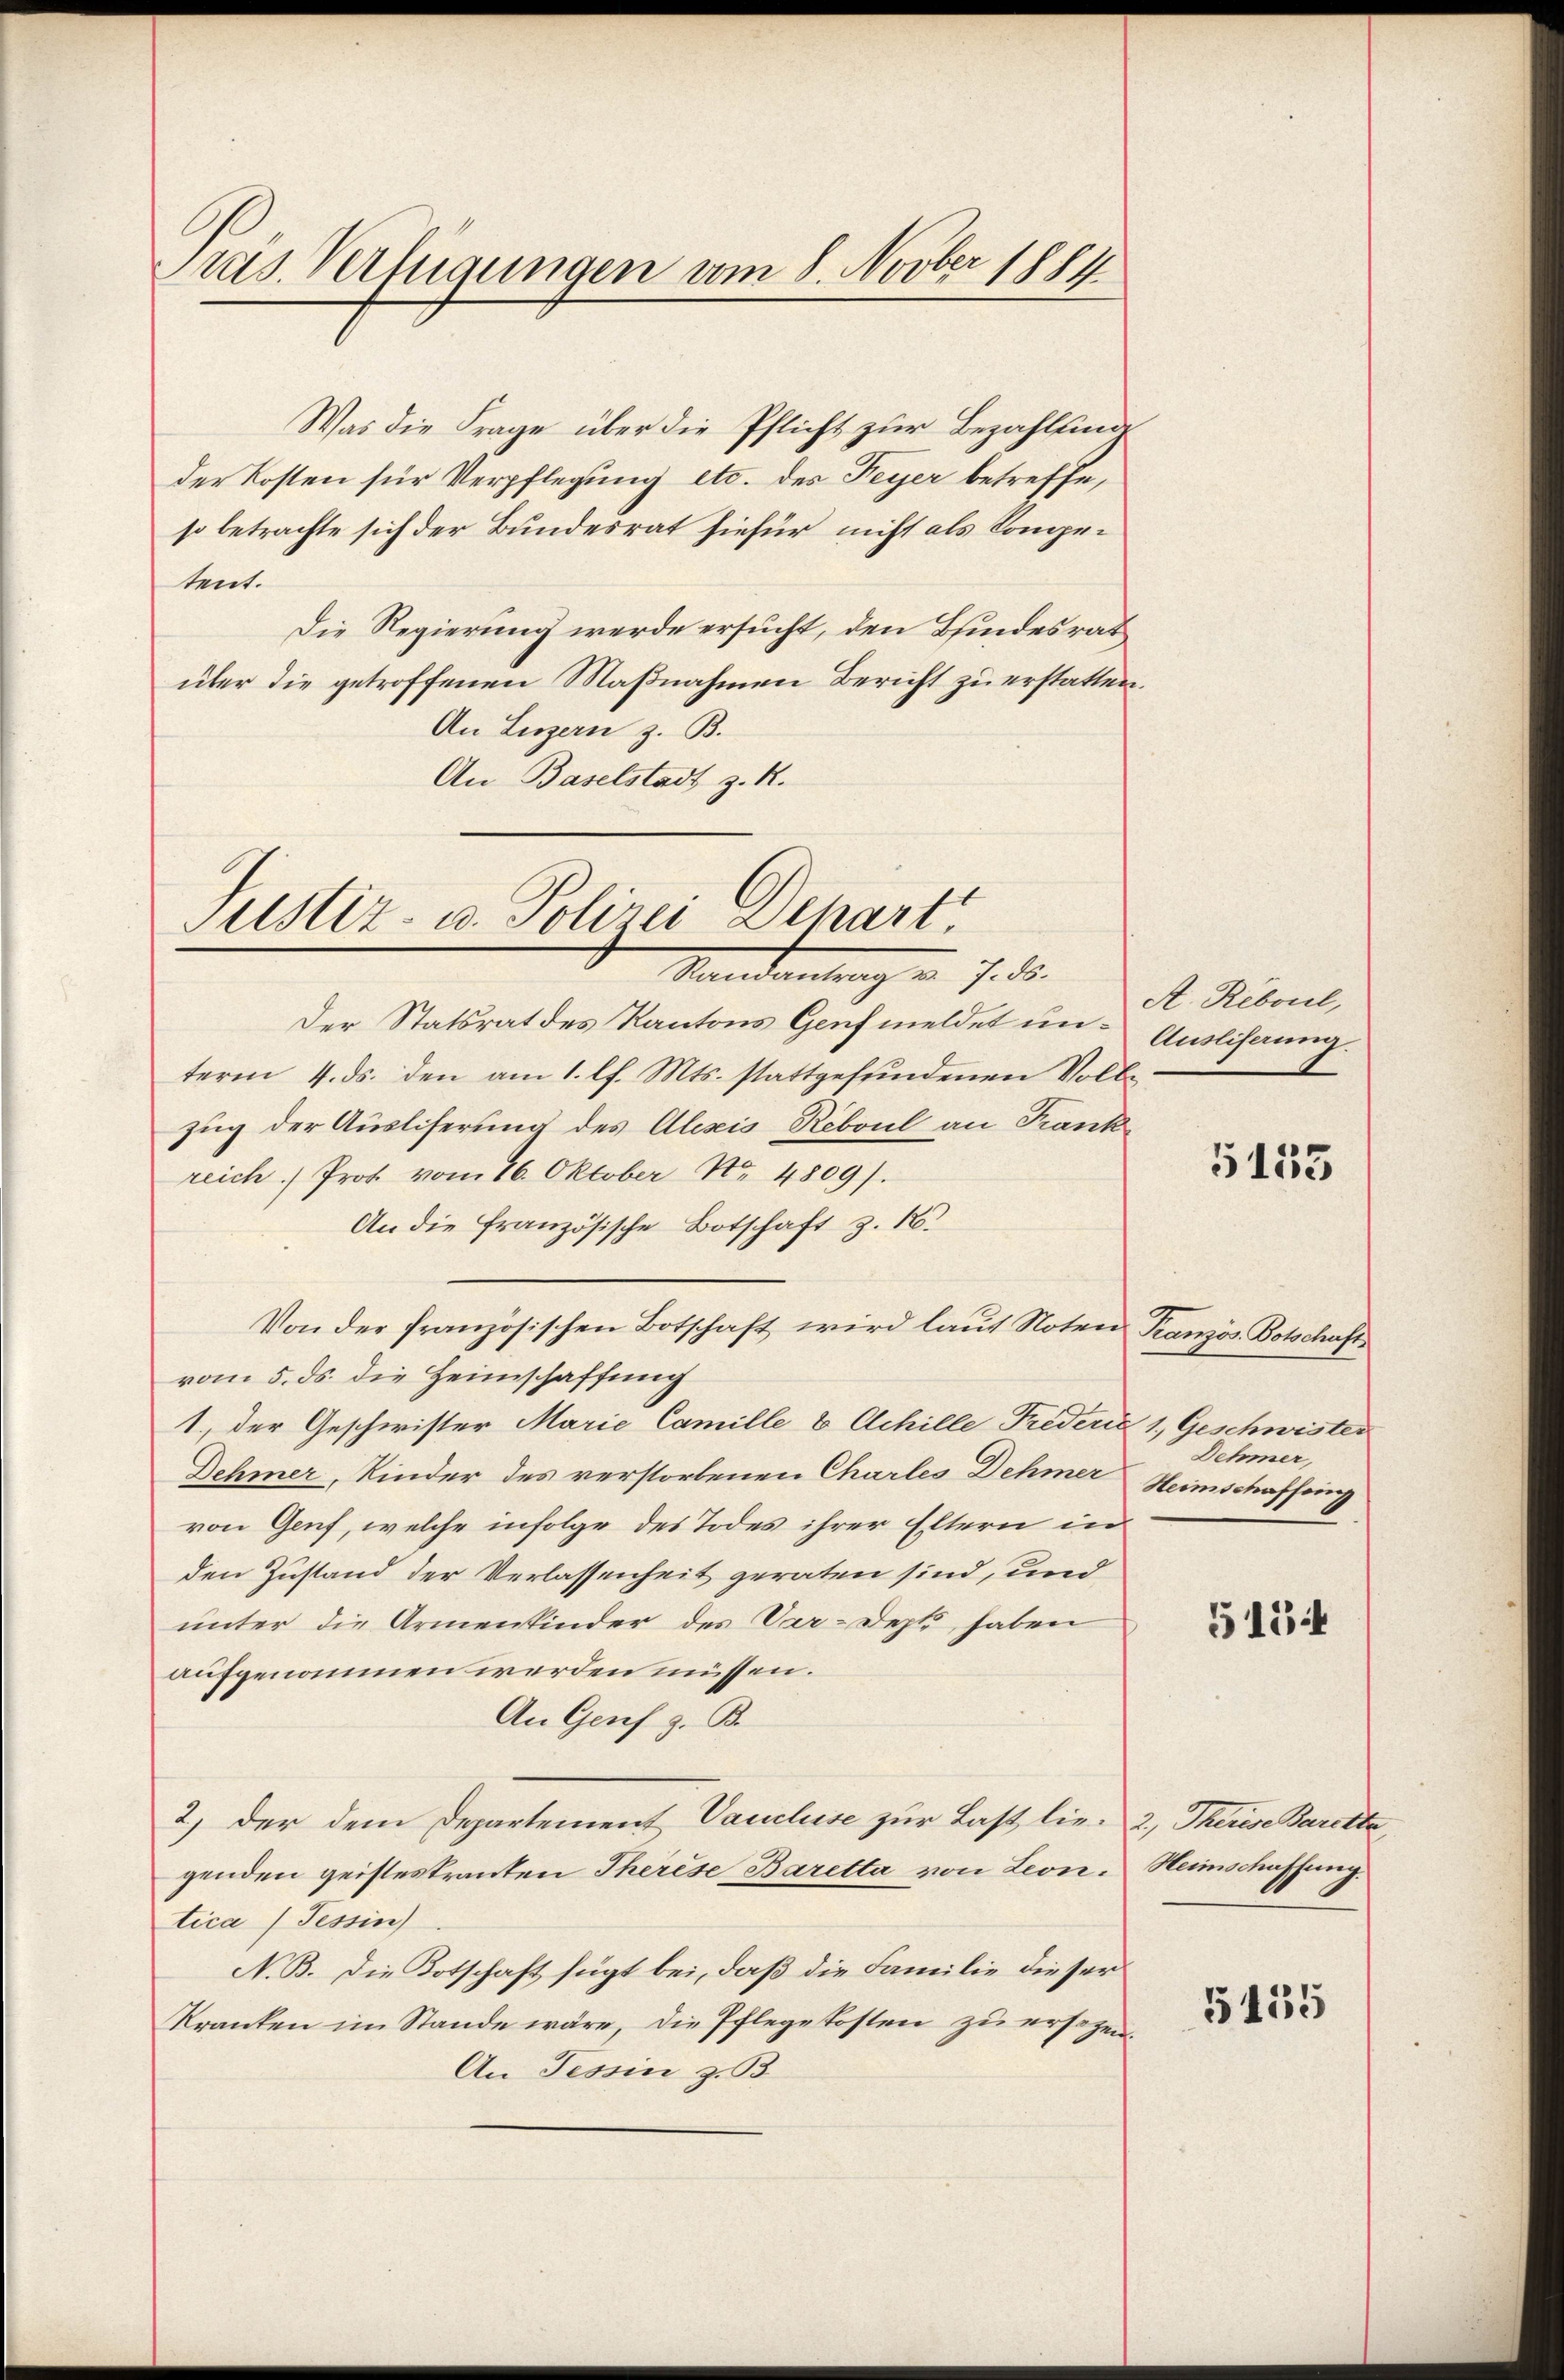
Pras. Verfügungen vom 8. Novber 1884

Was die Frage über die Pflicht zur Bezahlung
der Kosten für Verpflegung etc. des Feyer betreffe,
so betrachte sich der Bundesrat hiefür nicht als Kompetent.
Die Regierung werde ersucht, den Bindesrat
über die getroffenen Maßnahmen Bericht zu erstatten.
An Luzern z. B.
An Baselstadt z. R.

Justiz- u. Polizei Depart
Mandantung v. 7. ds.

Der Statsrat des Kantons Genf meldet un- Auslihnung.
term 4. ds. den am 1. lf. Mts. stattgefundenen Vollzug der Ausliferung des Alesis Réboul an Frank
reich.) Prot vom 16. Oktober No. 4809).
An die französische Botschaft z. R.
Von der französischen Botschaft wird laŭt Noten Kranzös. Botschafts
vom 5. ds. die Heimschaffung
1., der Geschwister Marie Camille & Achille Frederie 1. Geschwister
Dehmer, Kinder des verstorbenen Charles Dehmer Heimschaffung
von Genf, welche infolge des Todes ihrer Eltern in
den Zustand der Verlassenheit geraten sind, und
unter die Armenkinder des Var-Depli haben
aufgenommen werden müssen.
An Genf z. B.
2.) Der dem Departement Vaucluse zur Last lie- 2, Therese Barette,
genden geisteskranten Therese Baretta von Leontica (Tessin
N. B. Die Totschaft fügt bei, daß die Familie dieser
Kranken im Stande wäre, die Pflegekosten zŭ ersagen.
An Tessin z. B

A. Réboul,

5153

Dehmer,

5154

Heimschaffung.

5455